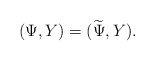
\begin{align*} (\Psi,Y) = (\widetilde{\Psi},Y). \end{align*}